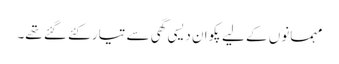
مہمانوں کے لیے پکوان دیسی گھی سے تیار کئے گئے تھے۔